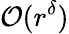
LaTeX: \mathcal{O}(r^{\delta})